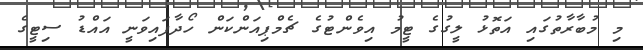
މި މުބާރާތުގައި އަތޮޅު ލީގުގެ ޓީމު އިވެންޓުގެ ޗެމްޕިއަންކަން ހޯދާފައިވަނީ އައްޑު ސިޓީގެ